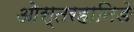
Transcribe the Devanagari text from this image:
ओस्तरहानिङे